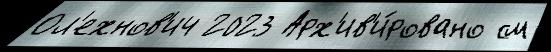
Ол'ехнов'ич 2023 Арх'ив'и́ровано см